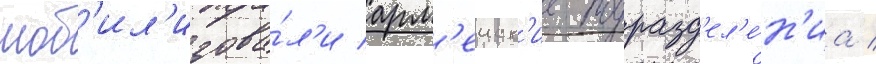
моб'ил'изова́л'и арм'еиск'ие подразд'ел'е́н'иа /